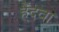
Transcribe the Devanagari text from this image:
हैंदवा